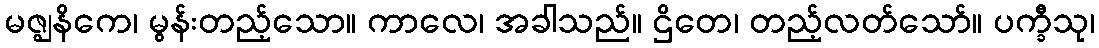
မဇ္ဈနိကေ၊ မွန်းတည့်သော။ ကာလေ၊ အခါသည်။ ဌိတေ၊ တည့်လတ်သော်။ ပက္ခီသု၊